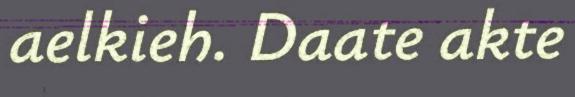
aelkieh. Daate akte